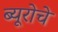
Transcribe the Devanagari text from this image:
ब्यूरोचे